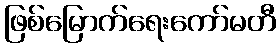
ဖြစ်မြောက်ရေးကော်မတီ